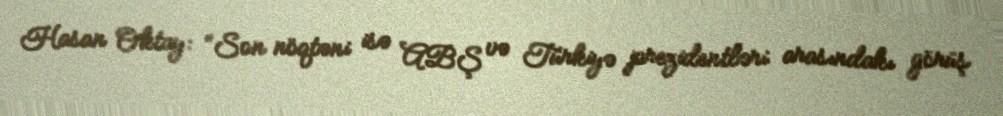
Hasan Oktay: “Son nöqtəni isə ABŞ və Türkiyə prezidentləri arasındakı görüş